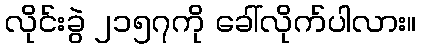
လိုင်းခွဲ ၂၁၅၇ကို ခေါ်လိုက်ပါလား။